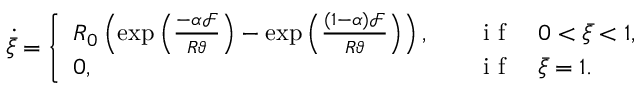
\dot { \bar { \xi } } = \left\{ \begin{array} { l l } { R _ { 0 } \left( \exp \left( \frac { - \alpha \mathcal { F } } { R \vartheta } \right) - \exp \left( \frac { ( 1 - \alpha ) \mathcal { F } } { R \vartheta } \right) \right) , } & { \quad \mathrm { ~ i ~ f ~ } \quad 0 < \bar { \xi } < 1 , } \\ { 0 , } & { \quad \mathrm { ~ i ~ f ~ } \quad \bar { \xi } = 1 . } \end{array} \right.